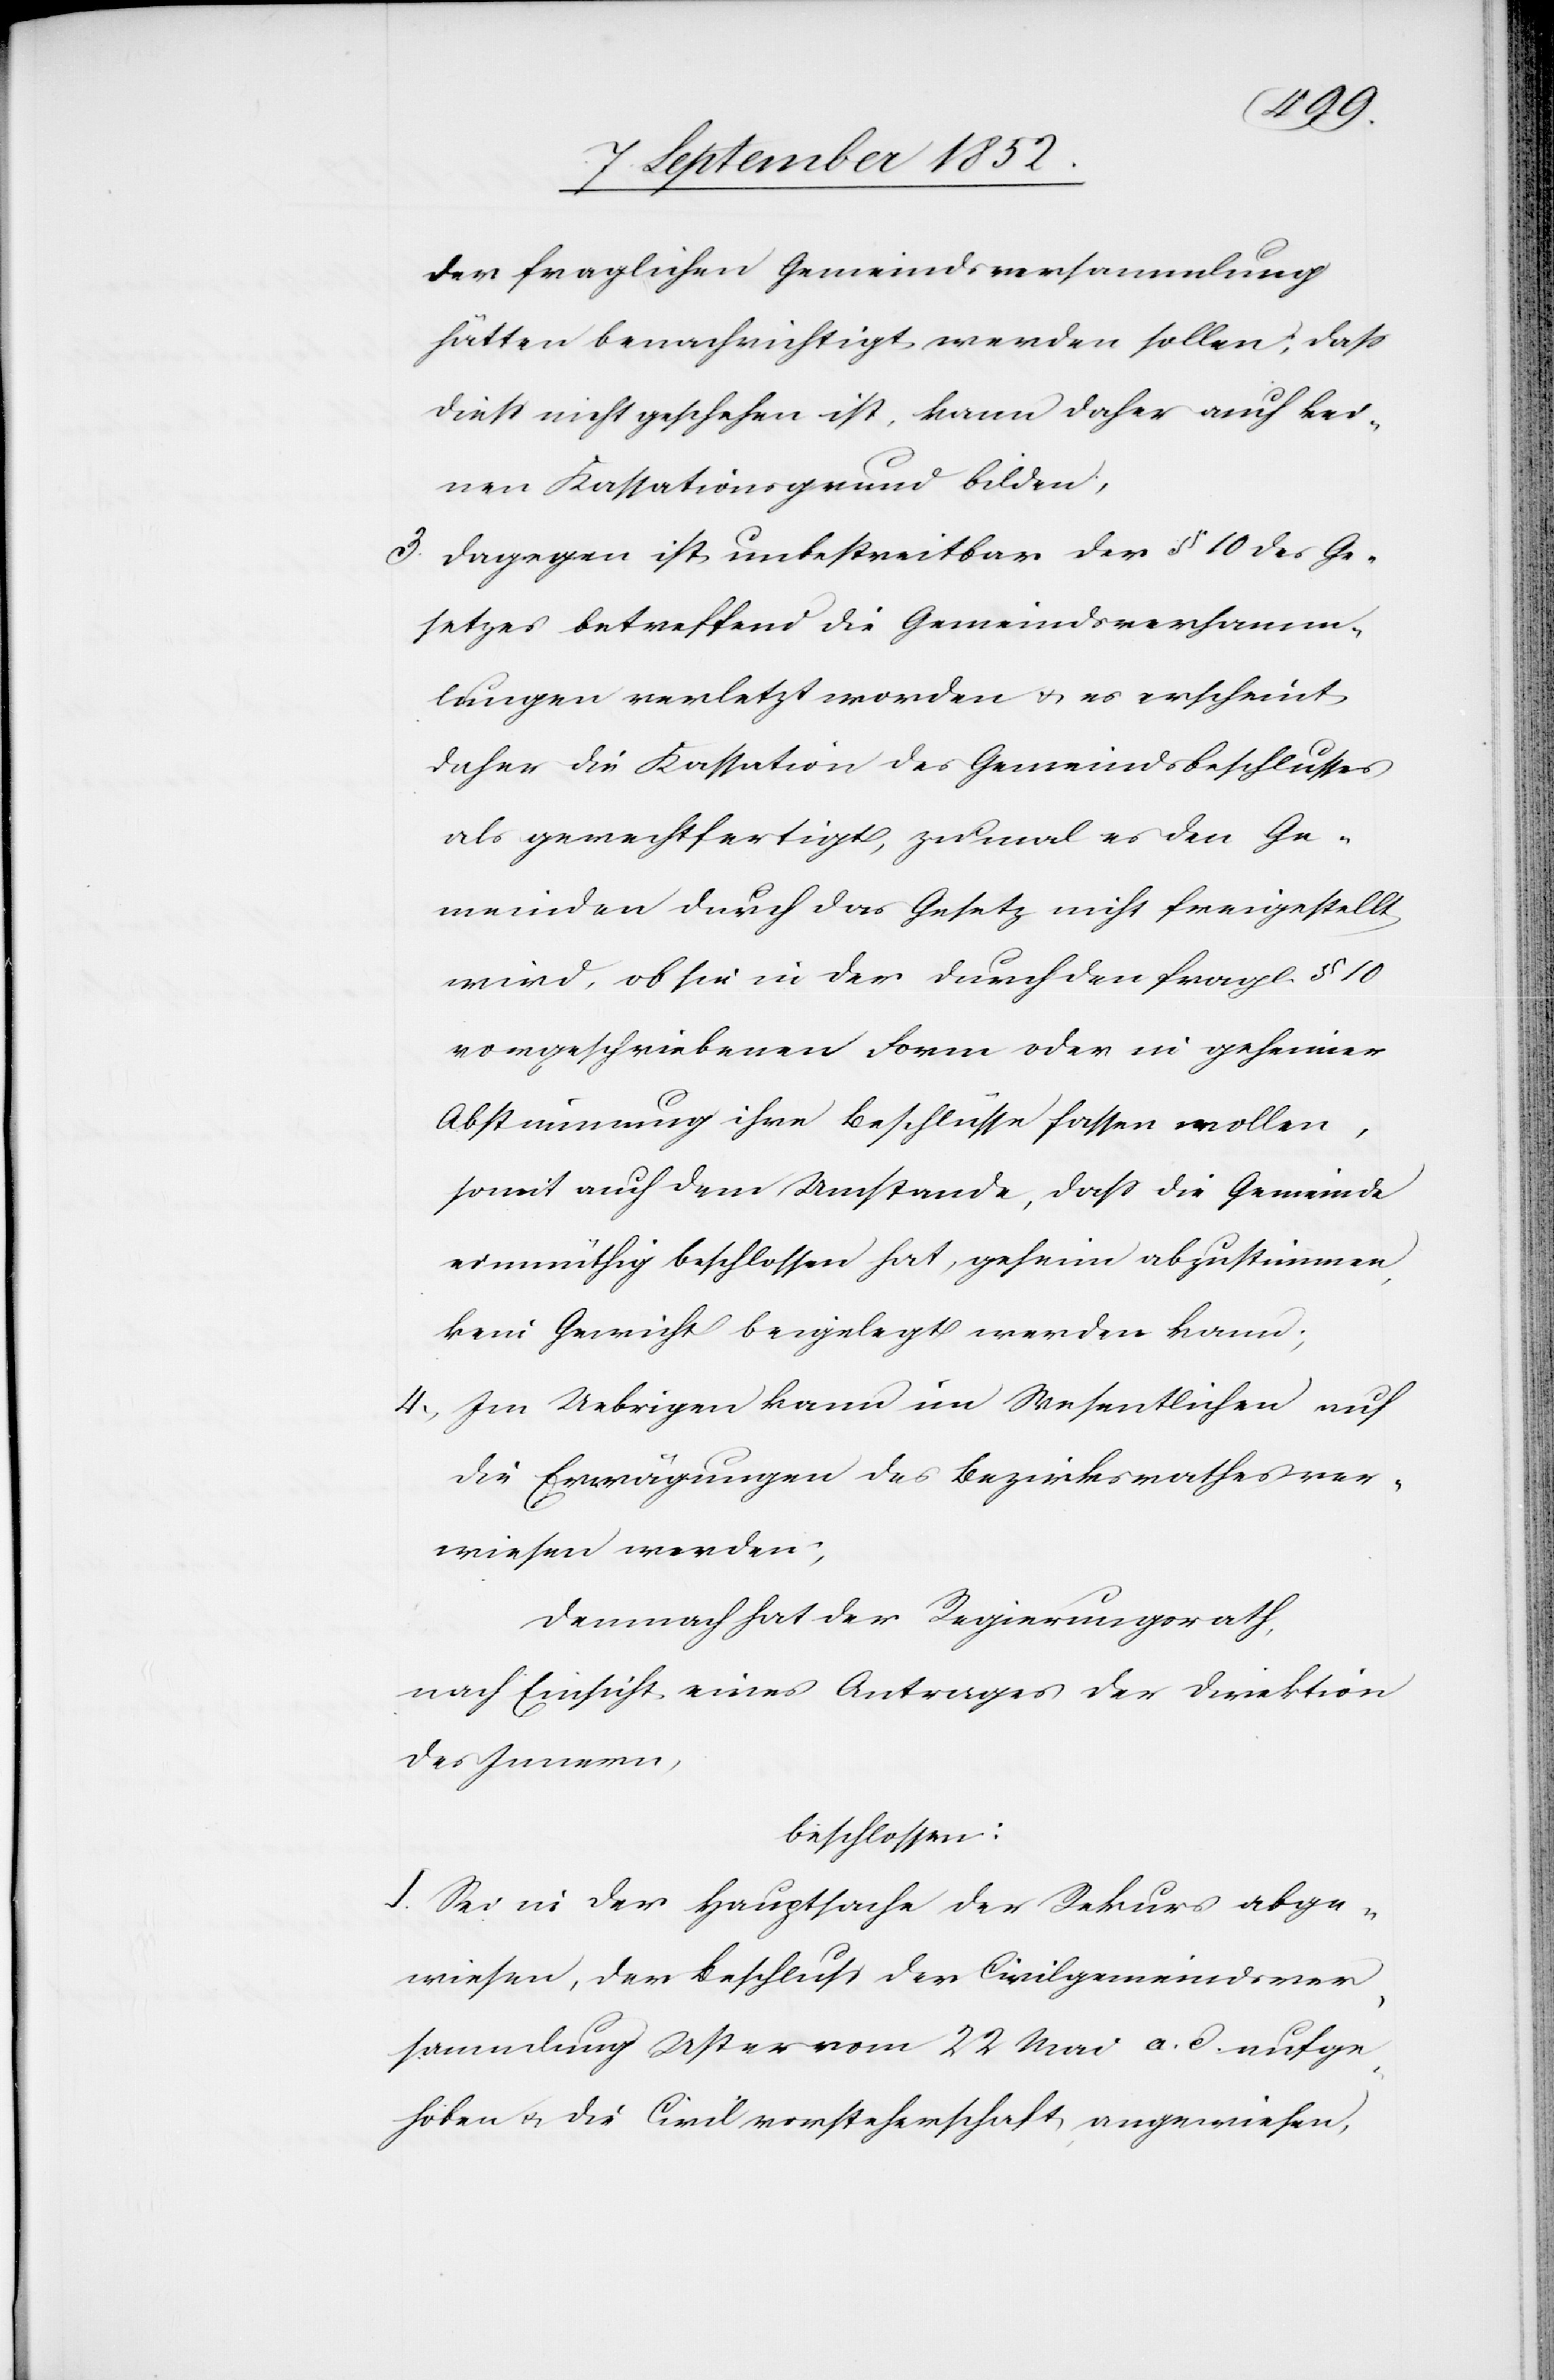
der fraglichen Gemeindsversammlung
hätten benachrichtigt werden sollen; dass
diess nicht geschehen ist, kann daher auch kei¬
nen Kassationsgrund bilden;
Dagegen ist unbestreitbar der § 10 des Ge¬
setzes betreffend die Gemeindsversamm¬
lungen verletzt worden & es erscheint
daher die Kassation des Gemeindsbeschlusses
als gerechtfertigt, zumal es den Ge¬
meinden durch das Gesetz nicht freigestellt
wird, ob sie in der durch den fragl. § 10
vorgeschriebenen Form oder in geheimer
Abstimmung ihre Beschlüsse fassen wollen,
somit auch dem Umstande, dass die Gemeinde
einmüthig beschlossen hat, geheim abzustimmen,
kein Gewicht beigelegt werden kann;
Im Uebrigen kann im Wesentlichen auf
die Erwägungen des Bezirksrathes ver¬
wiesen werden;
Demnach hat der Regierungsrath,
nach Einsicht eines Antrages der Direktion
des Innern,
beschlossen:
I. Sei in der Hauptsache der Rekurs abge¬
wiesen, der Beschluss der Civilgemeindsver¬
sammlung Uster vom 22 Mai a. d. aufge¬
hoben & die Civilvorsteherschaft angewiesen,